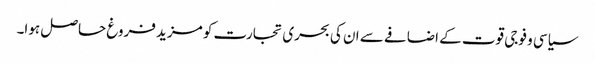
سیاسی و فوجی قوت کے اضافے سے ان کی بحری تجارت کو مزید فروغ حاصل ہوا۔